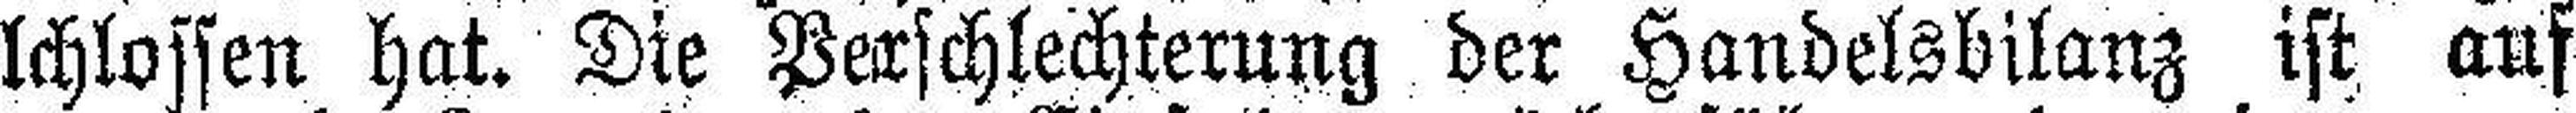
lchlossen hat. Die Verschlechterung der Handelsbilanz ist auf